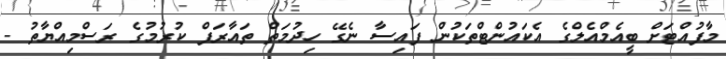
މާފުއްޓަށް ބީއެމްއެލްގެ އެކައުންޓްތަކުން ފައިސާ ނެގޭ ހިދުމަތް ތައާރަފް ކުރުމުގެ ރަސްމިއްޔާތު -